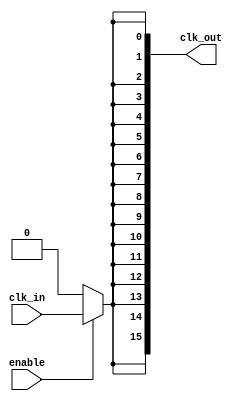
module high_fanout_clock_buffer (
    input wire clk_in,              // Clock input
    input wire enable,              // Enable signal for clock output
    output wire [NUM_OUTPUTS-1:0] clk_out // Clock outputs
);

parameter NUM_OUTPUTS = 16;        // Number of output loads
parameter DRIVE_STRENGTH = 2;      // Drive strength parameter (1 or 2 for example)

// Internal signals
wire clk_buf;                       // Buffered clock signal

// Input Stage: Simple buffer for the incoming clock signal
// Optional synchronization circuitry can be added here
assign clk_buf = clk_in;

// Buffering Stage: Series of buffers to amplify the clock signal
genvar i;
generate
    for (i = 0; i < NUM_OUTPUTS; i = i + 1) begin : buffer_stage
        // Each output driver can have configurable drive strength
        if (DRIVE_STRENGTH == 1) begin
            assign clk_out[i] = enable ? clk_buf : 1'b0; // Tri-state buffer
        end else if (DRIVE_STRENGTH == 2) begin
            assign clk_out[i] = enable ? clk_buf : 1'b0; // Stronger drive
        end
    end
endgenerate

// Power Management: Optional clock gating can be implemented here
// For simplicity, this example does not include clock gating logic

endmodule